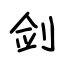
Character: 剑